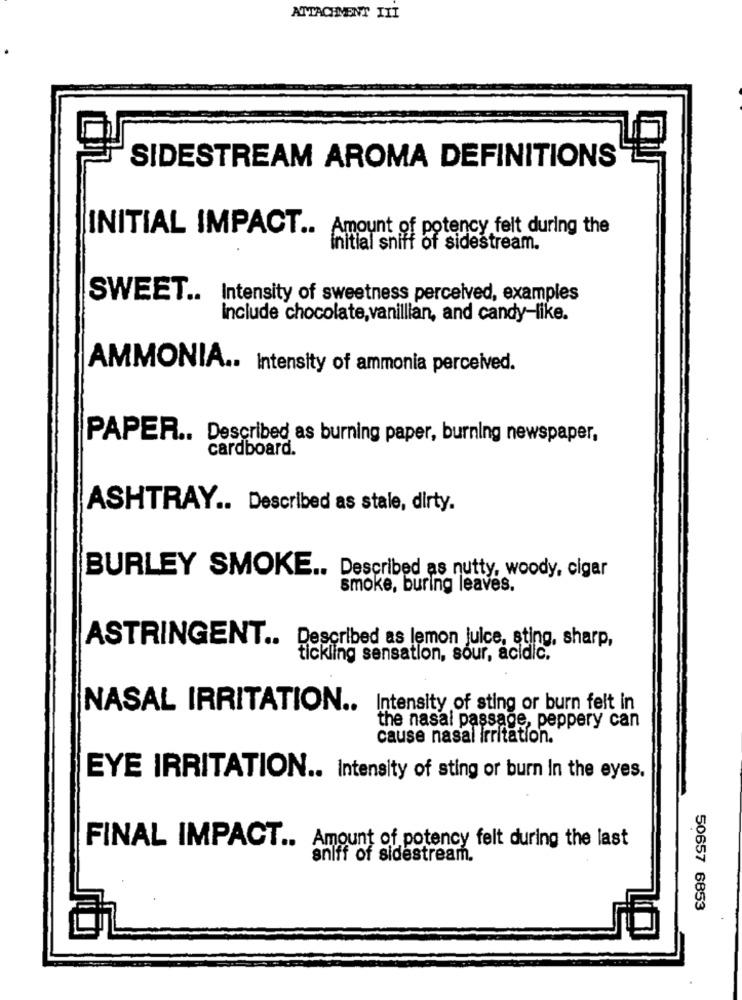
ATTACHMENT III
SIDESTREAM AROMA DEFINITIONS
INITIAL IMPACT ..
Amount of potency felt during the
Initial sniff of sidestream.
SWEET ..
Intensity of sweetness perceived, examples
Include chocolate, vanillian, and candy-like.
AMMONIA .. Intensity of ammonia perceived.
PAPER .. Described as burning paper, burning newspaper,
cardboard.
ASHTRAY .. Described as stale, dirty.
BURLEY SMOKE .. Described as nutty, woody, cigar
smoke, buring leaves.
ASTRINGENT ..
Described as lemon juice, sting, sharp,
tickling sensation, sour, acidic.
NASAL IRRITATION .. Intensity of sting or burn felt in
the nasal passage, peppery can
cause nasal irritation.
EYE IRRITATION .. Intensity of sting or burn in the eyes.
FINAL IMPACT .. Amount of potency felt during the last
sniff of sidestream.
50657 6853